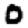
Digit: 0